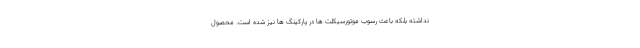
نداشته بلکه باعث رسوب موتورسیکلت ها در پارکینگ ها نیز شده است. محصول